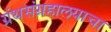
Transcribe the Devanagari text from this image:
ग्रंथसंग्रहालयाचा